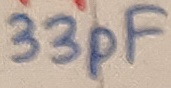
Text: 33pF